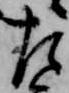
左